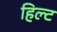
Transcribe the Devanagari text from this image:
हिल्ट